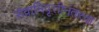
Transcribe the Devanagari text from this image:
सेवानिवृत्तीनंतरचा